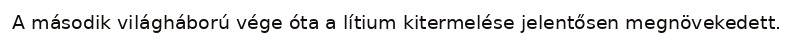
A második világháború vége óta a lítium kitermelése jelentősen megnövekedett.